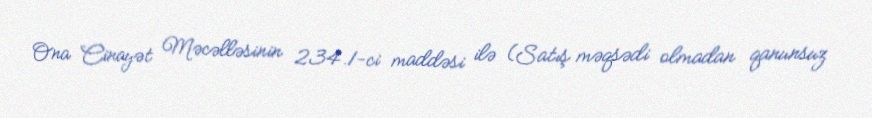
Ona Cinayət Məcəlləsinin 234.1-ci maddəsi ilə (Satış məqsədi olmadan qanunsuz